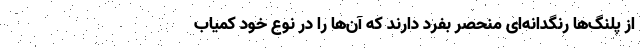
از پلنگ‌ها رنگدانه‌ای منحصر بفرد دارند که آن‌ها را در نوع خود کمیاب